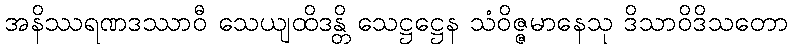
အနိဿရဏဒဿာဝီ သေယျထိဒန္တိ သေဋ္ဌဋ္ဌေန သံဝိဇ္ဇမာနေသု ဒိသာဝိဒိသတော